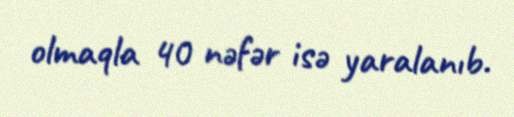
olmaqla 40 nəfər isə yaralanıb.